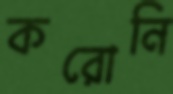
করোনি